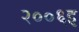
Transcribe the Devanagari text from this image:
२००६इ